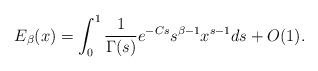
LaTeX: \begin{align*} E_{\beta}(x)=\int_{0}^{1}\frac{1}{\Gamma(s)}e^{-Cs}s^{\beta-1}x^{s-1}ds+O(1).\end{align*}